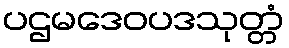
ပဌမဒေဝပဒသုတ္တံ